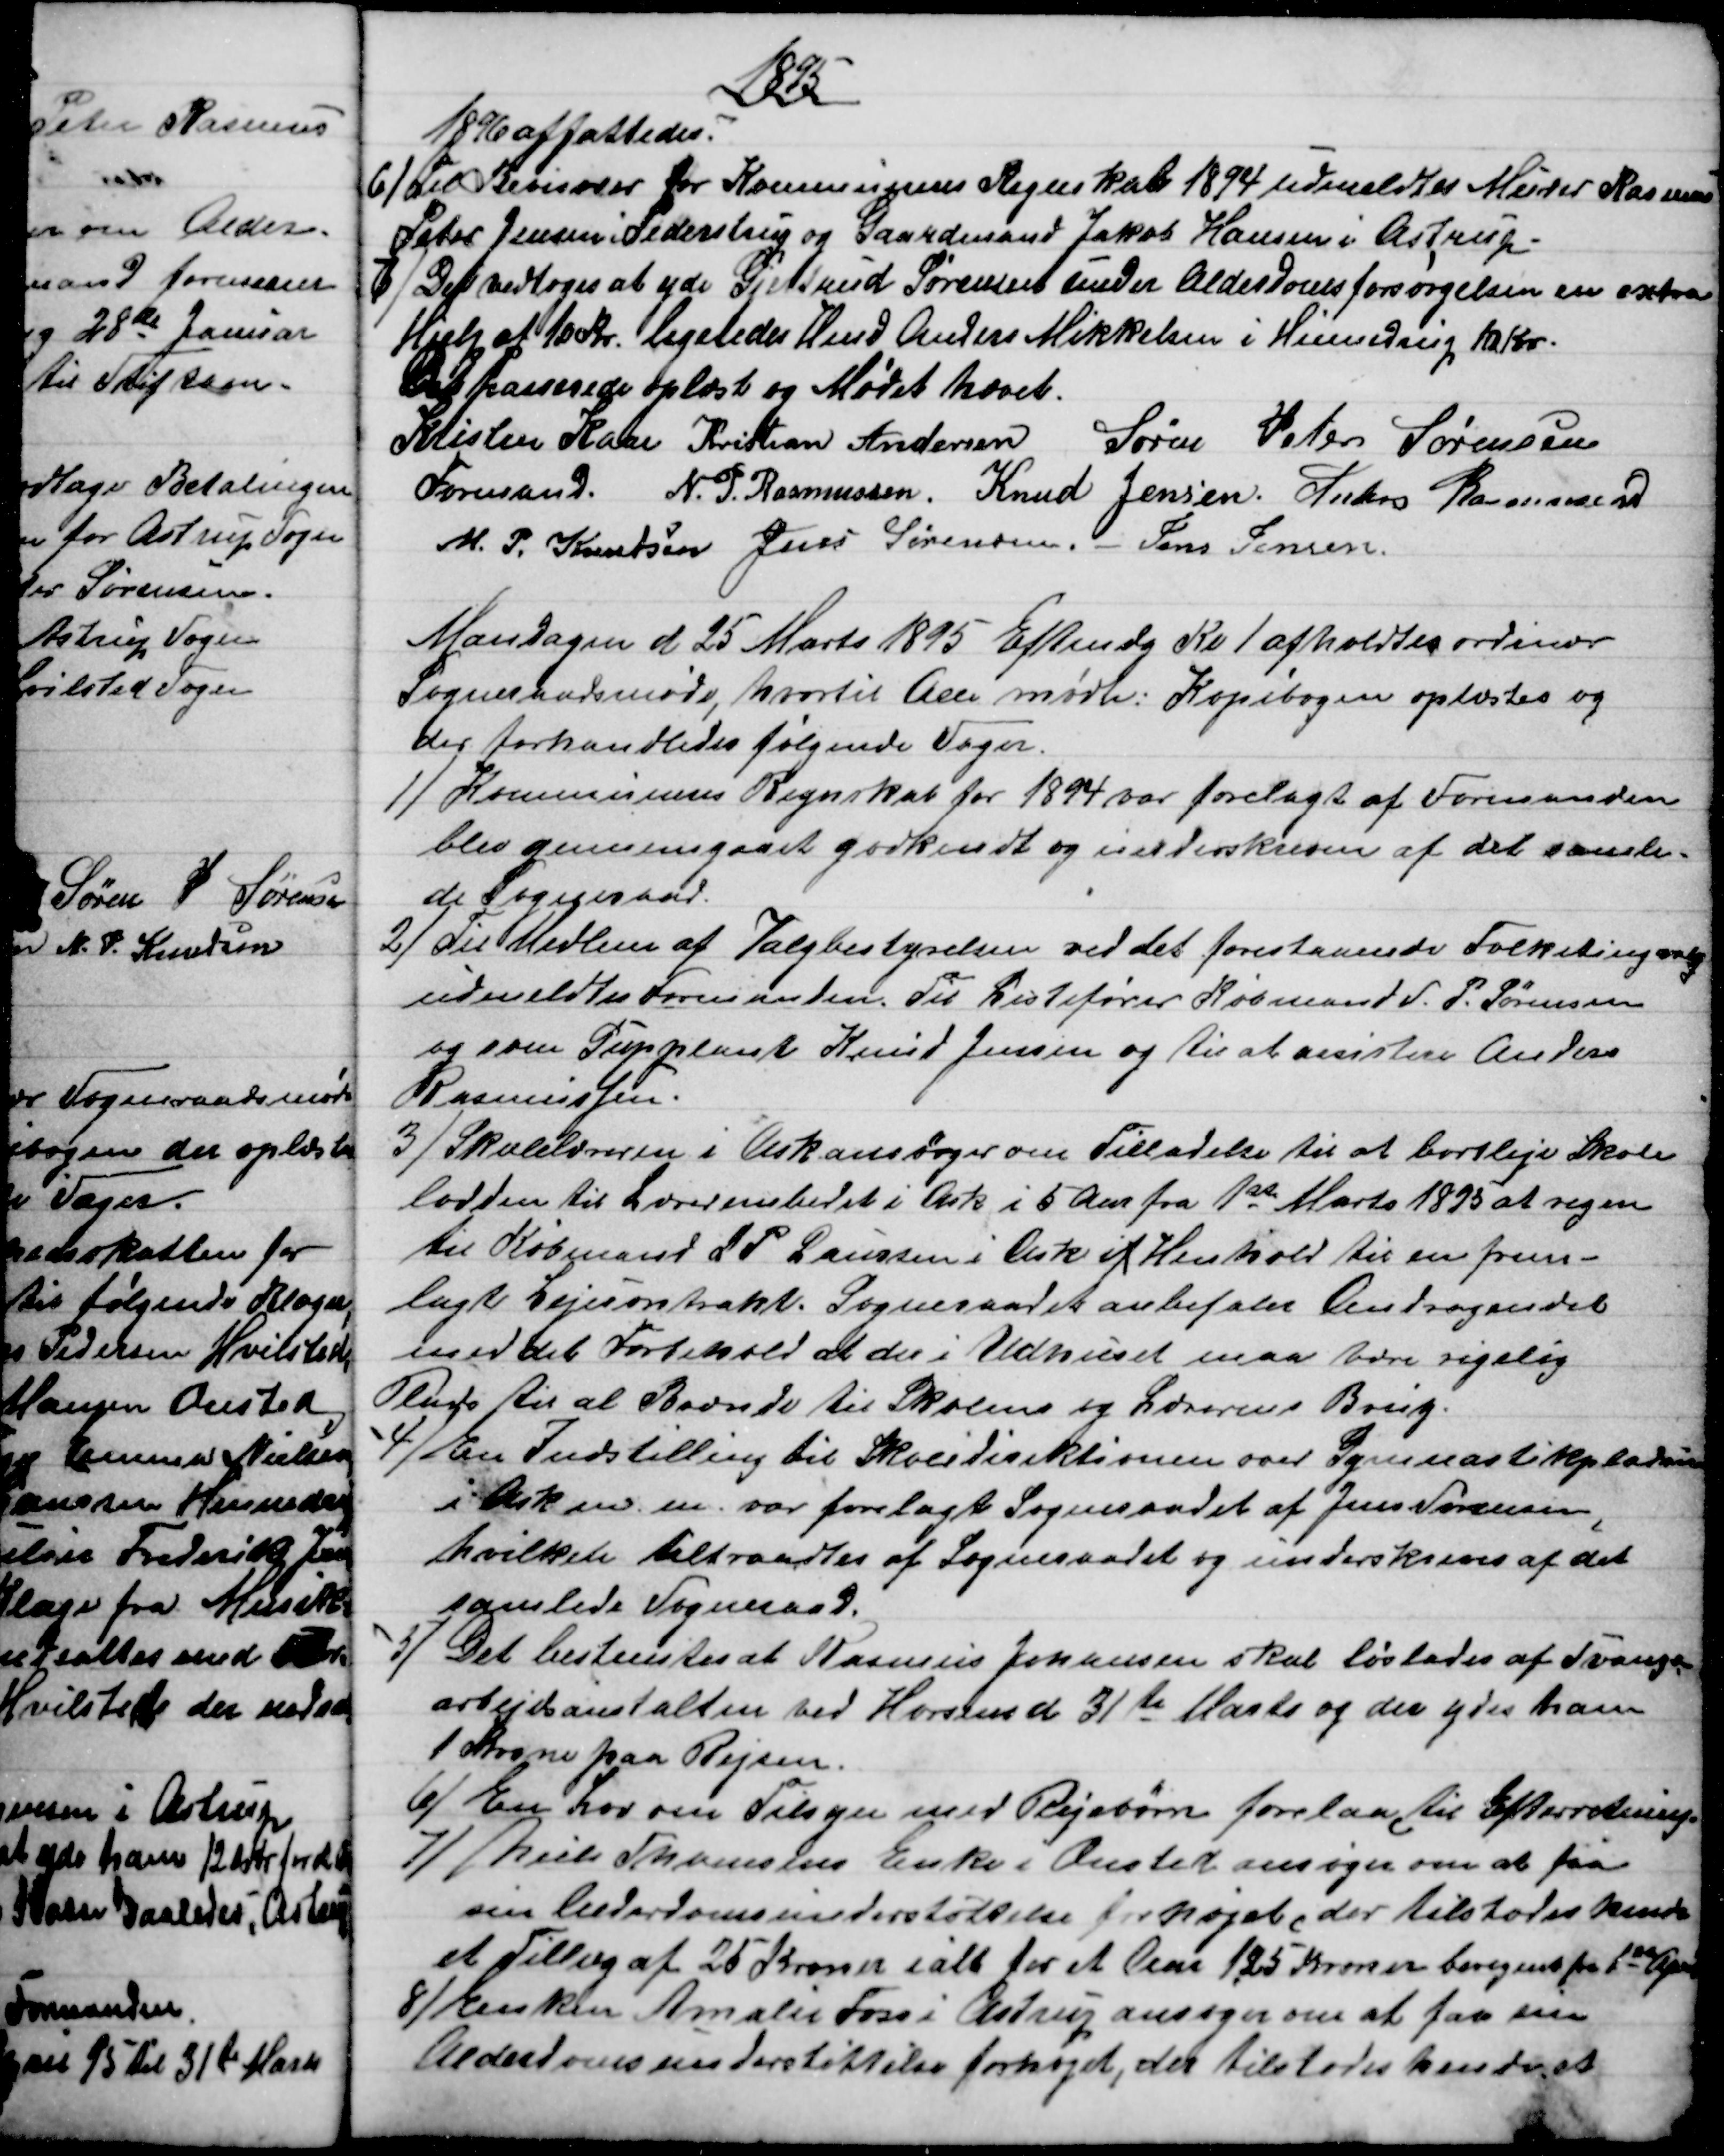
Transskription:
1895
1896 affattedes.
6) Til Revisorer for Kommunens Regnskab 1894 udmeldtes Murer Rasmus
Peter Jensen i Pederstrup og Gaardmand Jakob Hansen i Astrup.
7)
Det vedtoges at yde Gjertrud Sørensen under Alderdomsforsørgelsen en extra
Hjelp af 10 Kr. ligeledes Hmd Anders Mikkelsen i Hinnedrup 10 Kr.
Det passerede oplæst og Mødet hævet.
Kristen Kaae 
Formand. 
Kristian Andersen
Søren Peter Sørensen
N. P. Rasmussen, Knud Jensen. Anders Rasmussen
M. P. Knudsen Jens Sørensen. 
Jens Jensen.
Mandagen d 25 Marts 1895 Eftmdg Kl 1 afholdtes ordinær
Sogneraadsmøde, hvortil Alle mødte: Kopibogen oplæstes og
der forhandledes følgende Sager.
1)
Kommunens Regnskab for 1894 var forelagt af Formanden
blev gennemgaaet godkendt og underskreven af det samle-
de Sogneraad.
2) 
Til Medlem af Valgbestyrelsen ved det forestaaende Folketingsvalg
udmeldtes Formanden. Til Listefører Købmand S. P. Sørensen
og som Suppleant Knud Jensen og til at assistere Anders
Rasmussen.
3)
Skolelæreren i Ask ansøger om Tilladelse til at bortleje Skole
lodden til Lærerembedet i Ask i 5 Aar fra 1st Marts 1895 at regne
til Købmand L. P. Laursen i Ask if Henhold til en frem-
lagt Lejecontrakt. Sogneraadet anbefaler Andragendet
med det Forbehold at der i Udhuset maa være rigelig
Plads til al Brænde til Skolens og Lærerens Brug.
4) En Indstilling til Skoledirektionen over Gymnastikpladsen
i Ask m. m. var forelagt Sogneraadet af Jens Sørensen,
hvilket tiltraadtes af Sogneraadet og underskreves af det
samlede Sogneraad.
5) 
Det bestemtes at Rasmus Johansen skal løslades af Tvangs-
arbejdsanstalten ved Horsens d 31te Marts og der ydes ham
1 Krone paa Rejsen.
6) 
En Lov om Tilsyn med Plejebørn forelaa til Efterretning.
7) 
Niels Thomsens Enke i Onsted ansøger om at faa
sin Alderdomsunderstøttelse forhøjet, der tilstodes hende
et Tillæg af 25 Kroner ialt for et Aar 125 Kroner beregnet fra 1st April
8) 
Enken Amalie Foss i Astrup ansøger om at faa sin
Alderdomsunderstøttelse forhøjet, der tilstodes hende et